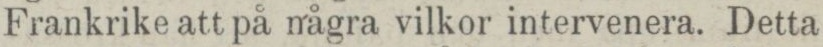
Frankrike att på några vilkor intervenera. Detta